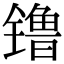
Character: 镥